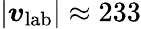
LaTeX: \left|\boldsymbol{v}_{\textrm{lab}}\right|\approx 233